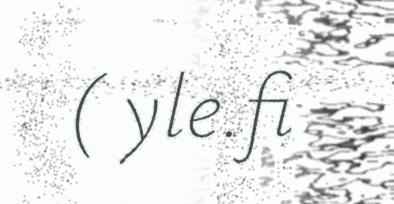
( yle.fi